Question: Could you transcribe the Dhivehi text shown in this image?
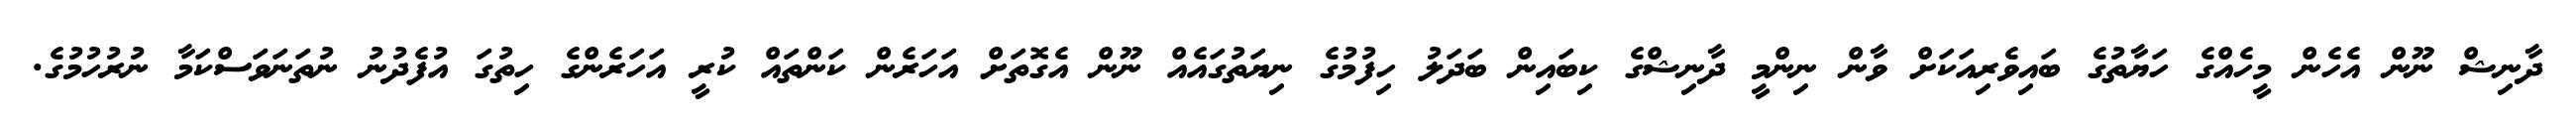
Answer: ދާނިޝް ނޫން އެހެން މީހެއްގެ ހަޔާތުގެ ބައިވެރިއަކަށް ވާން ނިންމީ ދާނިޝްގެ ކިބައިން ބަދަލު ހިފުމުގެ ނިޔަތުގައެއް ނޫން އެގޮތަށް އަހަރެން ކަންތައް ކުރީ އަހަރެންގެ ހިތުގަ އުފެދުނު ނުތަނަވަސްކަމާ ނުރުހުމުގެ.